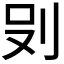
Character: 𭃒